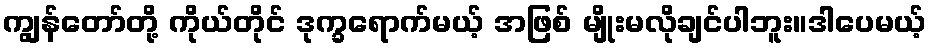
ကျွန်တော်တို့ ကိုယ်တိုင် ဒုက္ခရောက်မယ့် အဖြစ် မျိုးမလိုချင်ပါဘူး။ဒါပေမယ့်